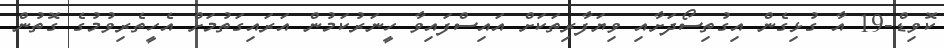
ކޮވިޑް-19 އާ ގުޅިގެން އިގުތިސޯދަށާއި ވިޔަފާރިތަކަށް އައިސްފައިވާ ހީނަރުކަމުން އަރައިގަތުމަށް އެހީތެރިވުމުގެ ގޮތުން